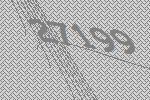
27199